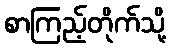
စာကြည့်တိုက်သို့